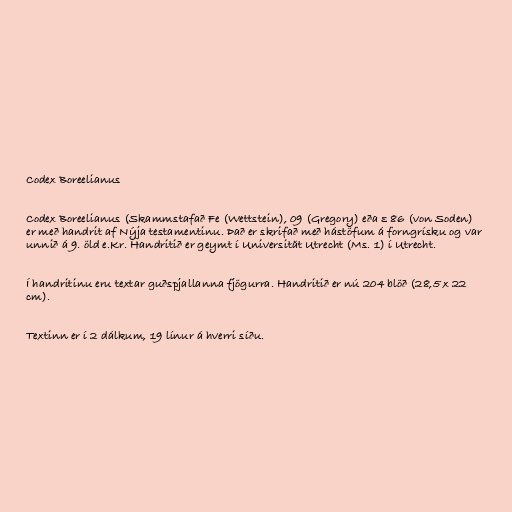
Codex Boreelianus

Codex Boreelianus (Skammstafað Fe (Wettstein), 09 (Gregory) eða ε 86 (von Soden)
er með handrit af Nýja testamentinu. Það er skrifað með hástöfum á forngrísku og var
unnið á 9. öld e.Kr. Handritið er geymt í Universität Utrecht (Ms. 1) í Utrecht.

Í handritinu eru textar guðspjallanna fjögurra. Handritið er nú 204 blöð (28,5 x 22
cm).

Textinn er í 2 dálkum, 19 línur á hverri síðu.